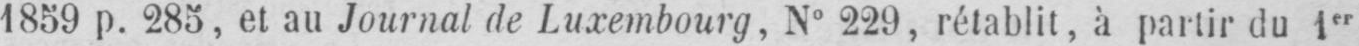
1859 p. 285, et au Journal de Luxembourg, N° 229, rétablit, à partir du 1er